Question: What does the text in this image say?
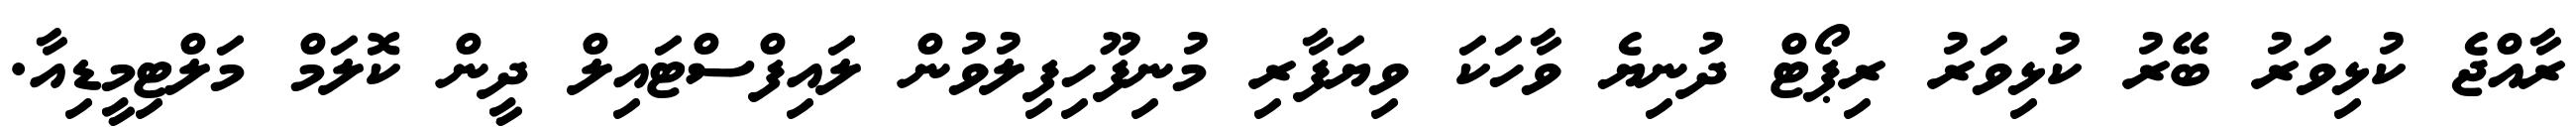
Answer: ރާއްޖެ ކުޅިވަރު ބޭރު ކުޅިވަރު ރިޕޯޓް ދުނިޔެ ވާހަކަ ވިޔަފާރި މުނިފޫހިފިލުވުން ލައިފްސްޓައިލް ދީން ކޮލަމް މަލްޓިމީޑިއާ.